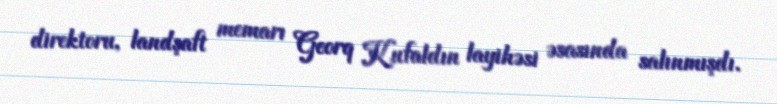
direktoru, landşaft memarı Georq Kufaldın layihəsi əsasında salınmışdı.